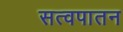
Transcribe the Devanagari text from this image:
सत्वपातन